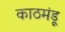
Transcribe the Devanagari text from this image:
काठमंडू